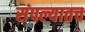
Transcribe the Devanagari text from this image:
संपल्यातच